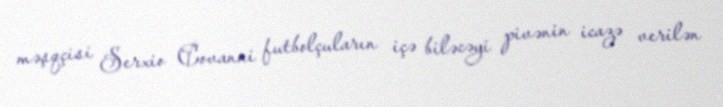
məşqçisi Serxio Covanni futbolçuların içə biləcəyi pivənin icazə verilən